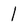
Character: 1